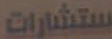
ستشارات